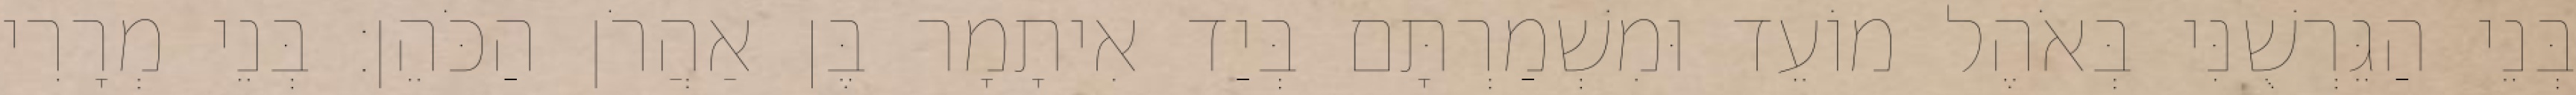
בְּנֵי הַגֵּרְשֻׁנִּי בְּאֹהֶל מוֹעֵד וּמִשְׁמַרְתָּם בְּיַד אִיתָמָר בֶּן אַהֲרֹן הַכֹּהֵן׃ בְּנֵי מְרָרִי